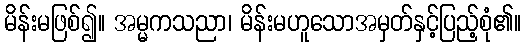
မိန်းမဖြစ်၍။ အမ္မကသညာ၊ မိန်းမဟူသောအမှတ်နှင့်ပြည့်စုံ၏။